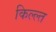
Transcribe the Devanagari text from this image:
किल्ल्त